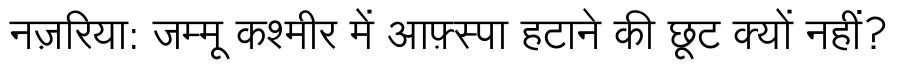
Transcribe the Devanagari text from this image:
नज़रिया: जम्मू कश्मीर में आफ़्स्पा हटाने की छूट क्यों नहीं?